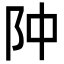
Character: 䦿